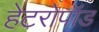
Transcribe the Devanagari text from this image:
हेटरोपॉड